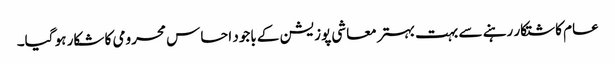
عام کاشتکار رہنے سے بہت بہتر معاشی پوزیشن کے باجود احساس محرومی کا شکار ہو گیا۔